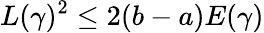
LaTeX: L(\gamma)^{2}\leq 2(b-a)E(\gamma)